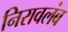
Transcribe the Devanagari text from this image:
निरावलंब